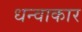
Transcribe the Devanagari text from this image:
धन्वाकार